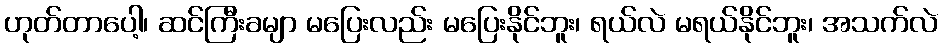
ဟုတ်တာပေါ့၊ ဆင်ကြီးခမျာ မပြေးလည်း မပြေးနိုင်ဘူး၊ ရယ်လဲ မရယ်နိုင်ဘူး၊ အသက်လဲ